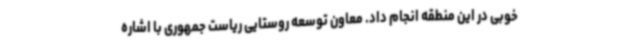
خوبی در این منطقه انجام داد. معاون توسعه روستایی ریاست جمهوری با اشاره